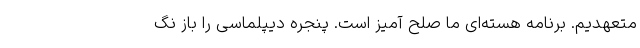
متعهدیم. برنامه هسته‌ای ما صلح آمیز است. پنجره دیپلماسی را باز نگ